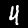
Digit: 4